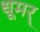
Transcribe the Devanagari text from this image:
धूमर्